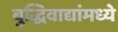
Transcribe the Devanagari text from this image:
बुद्धिवाद्यांंमध्ये